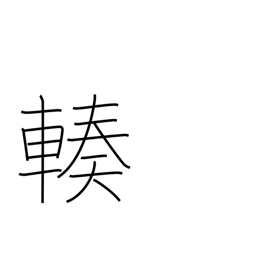
Meaning: gather